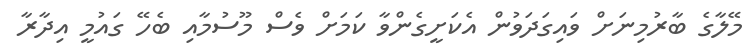
މޭލާގެ ބާރުމިނަށް ވައިގަދަވުން އެކަށީގެންވާ ކަމަށް ވެސް މޫސުމާއި ބެހޭ ގައުމީ އިދާރާ